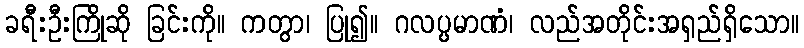
ခရီးဦးကြိုဆို ခြင်းကို။ ကတွာ၊ ပြု၍။ ဂလပ္ပမာဏံ၊ လည်အတိုင်းအရှည်ရှိသော။